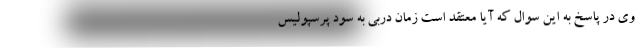
وی در پاسخ به این سوال که آیا معتقد است زمان دربی به سود پرسپولیس